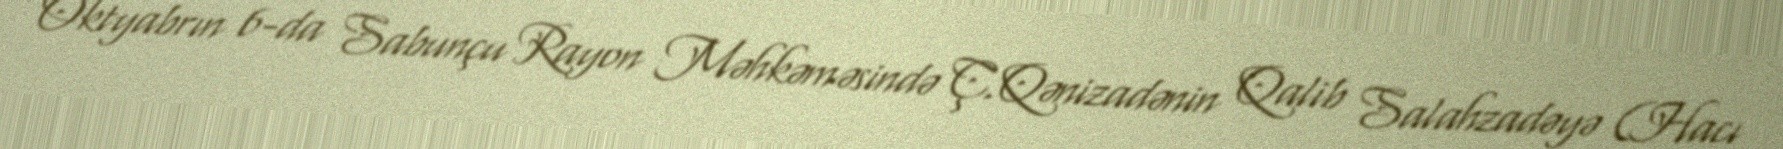
Oktyabrın 6-da Sabunçu Rayon Məhkəməsində Ç.Qənizadənin Qalib Salahzadəyə (Hacı